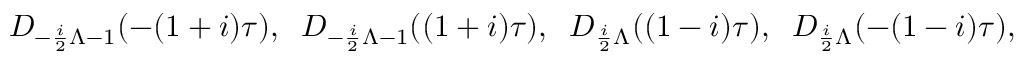
D _ { - \frac { i } { 2 } \Lambda - 1 } ( - ( 1 + i ) \tau ) , \; \; D _ { - \frac { i } { 2 } \Lambda - 1 } ( ( 1 + i ) \tau ) , \; \; D _ { \frac { i } { 2 } \Lambda } ( ( 1 - i ) \tau ) , \; \; D _ { \frac { i } { 2 } \Lambda } ( - ( 1 - i ) \tau ) ,